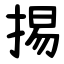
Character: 掦